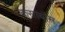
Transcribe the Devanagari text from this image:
कसाबौम